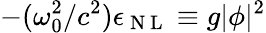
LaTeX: -(\omega_{0}^{2}/c^{2})\epsilon_{\mathrm{~N~L~}}\equiv g|\phi|^{2}